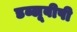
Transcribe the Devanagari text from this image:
डब्लूबीपी